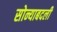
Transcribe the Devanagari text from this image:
सोन्याबदली